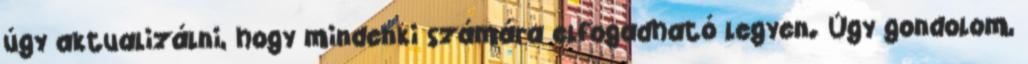
úgy aktualizálni, hogy mindenki számára elfogadható legyen. Úgy gondolom,